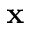
{ \bf x }